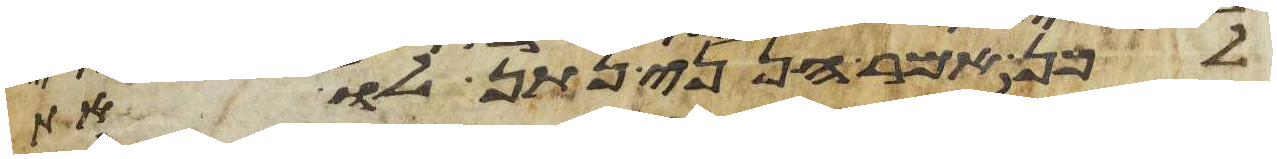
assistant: לכן אמר הנני נתן לו את